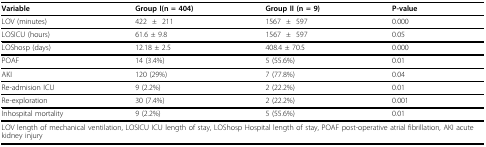
| Variable | Group I(n = 404) | Group II (n = 9) | P-value |
 | --- | --- | --- | --- |
 | LOV (minutes) | 422±211 | 1567±597 | 0.000 |
 | LOSICU (hours) | 61.6 ± 9.8 | 1567±597 | 0.05 |
 | LOShosp (days) | 12.18 ± 2.5 | 408.4 ± 70.5 | 0.000 |
 | POAF | 14 (3.4%) | 5 (55.6%) | 0.01 |
 | AKI | 120 (29%) | 7 (77.8%) | 0.04 |
 | Re-admision ICU | 9 (2.2%) | 2 (22.2%) | 0.01 |
 | Re-exploration | 30 (7.4%) | 2 (22.2%) | 0.001 |
 | Inhospital mortality | 9 (2.2%) | 5 (55.6%) | 0.01 |
 | <COLSPAN=4> LOV length of mechanical ventilation, LOSICU ICU length of stay, LOShosp Hospital length of stay, POAF post-operative atrial fibrillation, AKI acute kidney injury |